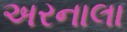
અરનાલા